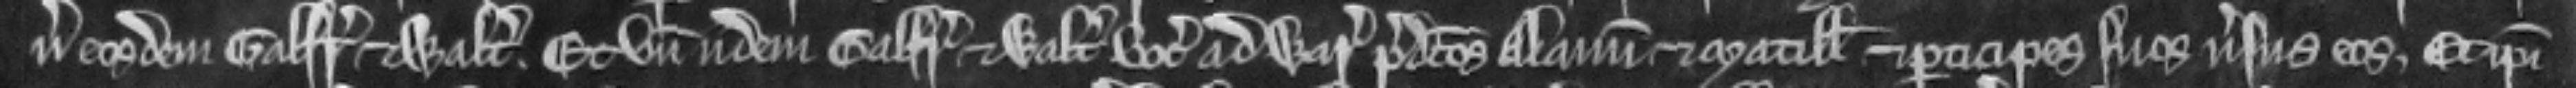
versus eosdem Galfridum et Walterum. Et unde iidem Galfridus et Walterus vocant ad warantum predictos Alanum et Matillidem et participes suos versus eos. Et ipsi